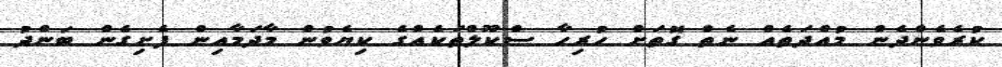
ކުރެވެންދެން މުއްދަތެއް ނެތް ގޮތަށް ހުރިހާ ސްކޫލްތަކެއްގެ ކިޔެވުން މާދަމާއިން ފެށިގެން ބަންދު